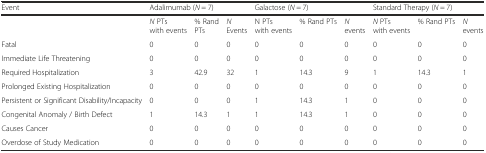
| Event | <COLSPAN=3> Adalimumab (N = 7) | <COLSPAN=3> Galactose (N = 7) | <COLSPAN=3> Standard Therapy (N = 7) |
 | --- | --- | --- | --- | --- | --- | --- | --- | --- | --- |
 |  | N PTs with events | % Rand PTs | N Events | N PTs with events | % Rand PTs | N events | N PTs with events | % Rand PTs | N events |
 | Fatal | 0 | 0 | 0 | 0 | 0 | 0 | 0 | 0 | 0 |
 | Immediate Life Threatening | 0 | 0 | 0 | 0 | 0 | 0 | 0 | 0 | 0 |
 | Required Hospitalization | 3 | 42.9 | 32 | 1 | 14.3 | 9 | 1 | 14.3 | 1 |
 | Prolonged Existing Hospitalization | 0 | 0 | 0 | 0 | 0 | 0 | 0 | 0 | 0 |
 | Persistent or Significant Disability/Incapacity | 0 | 0 | 0 | 1 | 14.3 | 1 | 0 | 0 | 0 |
 | Congenital Anomaly / Birth Defect | 1 | 14.3 | 1 | 1 | 14.3 | 1 | 0 | 0 | 0 |
 | Causes Cancer | 0 | 0 | 0 | 0 | 0 | 0 | 0 | 0 | 0 |
 | Overdose of Study Medication | 0 | 0 | 0 | 0 | 0 | 0 | 0 | 0 | 0 |